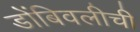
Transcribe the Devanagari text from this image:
डोंबिवलीची